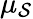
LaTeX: \mu_{\mathcal{S}}